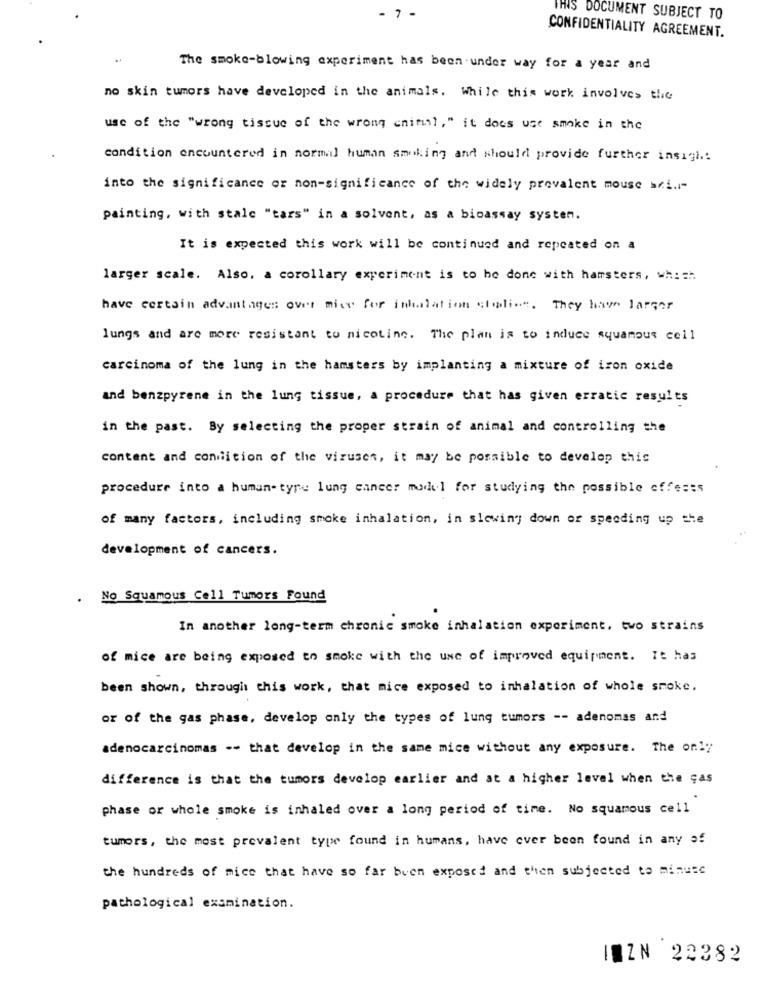
- 7 -
THIS DOCUMENT SUBJECT TO
CONFIDENTIALITY AGREEMENT.
The smoke-blowing experiment has been under way for a year and
no skin tumors have developed in the animals. While this work involves the
use of the "wrong tissue of the wrong animal," it does ust smoke in the
condition encountered in normal human smoking and should provide further insight
into the significance or non-significance of the widely prevalent mouse ari .-
painting, with stalc "tars" in a solvent, as a bioassay systen.
It is expected this work will be continued and repeated on a
larger scale. Also, a corollary experiment is to be done with hamsters, wh: = h
have certain advantages over mice for inhalation studies. They have larger
lungs and are more resistant to nicotine. The plan is to induce squamous cell
carcinoma of the lung in the hamsters by implanting a mixture of iron oxide
and benzpyrene in the lung tissue, a procedure that has given erratic results
in the past. By selecting the proper strain of animal and controlling the
content and condition of the viruses, it may be possible to develop this
procedure into a human- tyre lung cancer modul for studying the possible effeses
of many factors, including smoke inhalation, in slowing down or speeding up the
development of cancers.
.
No Squamous Cell Tumors Found
In another long-term chronic smoke inhalation experiment, two strains
of mice are being exposed to smoke with the use of improved equipment. It has
been shown, through this work, that mice exposed to inhalation of whole smoke.
or of the gas phase, develop only the types of lung tumors -- adenomas and
adenocarcinomas -- that develop in the same mice without any exposure. The only
difference is that the tumors develop earlier and at a higher level when the ças
phase or whole smoke is inhaled over a long period of time. No squamous cell
tumors, the most prevalent type found in humans, have ever been found in any of
the hundreds of mice that have so far buen exposed and then subjected to minute
pathological examination.
IQZN 22382